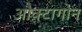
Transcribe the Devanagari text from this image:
औक्टागोन